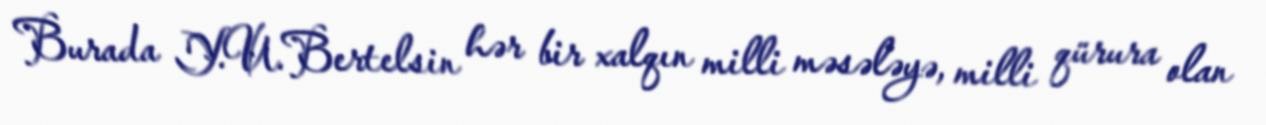
Burada Y.U.Bertelsin hər bir xalqın milli məsələyə, milli qürura olan